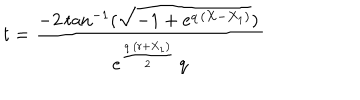
LaTeX: t = { \frac { - 2 \, \mathrm { t a n } ^ { - 1 } ( { \sqrt { - 1 + { e ^ { q \, \left( X - { X _ { 1 } } \right) } } } } ) \, { } } { { e ^ { { \frac { q \, \left( r + { X _ { 1 } } \right) } { 2 } } } } \, q } }